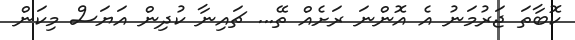
ކޮބާތަ ޖަރުމަނު އެ އޮންނަ ރަށެއް ތޭ... ޗައިނާ ކުދިން އަޔަސް މިކަން